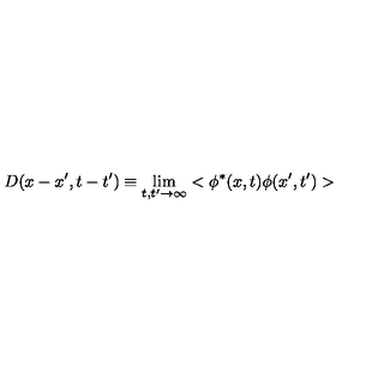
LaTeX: D ( x - x ^ { \prime } , t - t ^ { \prime } ) \equiv \lim _ { t , t ^ { \prime } \rightarrow \infty } < \phi ^ { * } ( x , t ) \phi ( x ^ { \prime } , t ^ { \prime } ) >